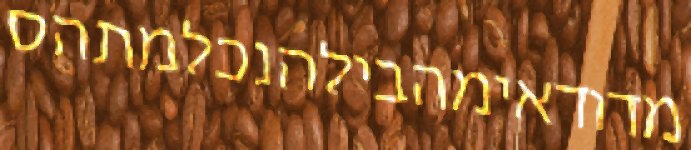
מדודאימהבילהנכלמתהס